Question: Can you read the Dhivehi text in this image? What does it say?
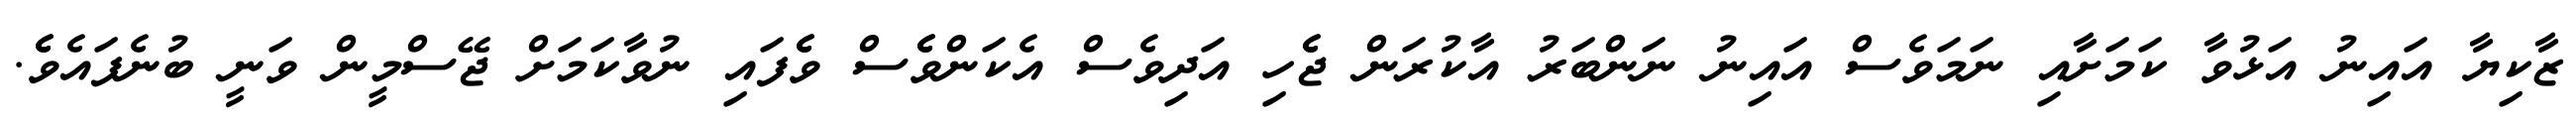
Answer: ޒާކިޔާ އައިނު އަޅުވާ ކަމަށާއި ނަމަވެސް އައިނު ނަންބަރު އާކުރަން ޖެެހި އަދިވެސް އެކަންވެެސް ވެެފައި ނުވާކަމަށް ޖޭސްމީން ވަނީ ބުނެފައެވެެ.